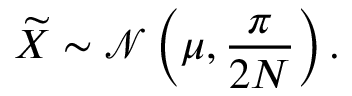
{ \widetilde { X } } \sim { \mathcal { N } } \left( \mu , { \frac { \pi } { 2 N } } \right) .